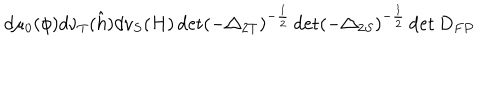
d \mu _ { 0 } ( \phi ) d \nu _ { T } ( \hat { h } ) d \nu _ { S } ( H ) \det ( - \triangle _ { 2 T } ) ^ { - \frac { 1 } { 2 } } \det ( - \triangle _ { 2 S } ) ^ { - \frac { 1 } { 2 } } \det D _ { F P }